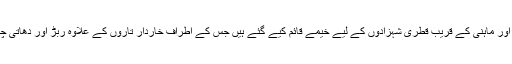
صحرائے تھل کے علاقے کاتی مار اور ماہنی کے قریب قطری شہزادوں کے لیے خیمے قائم کیے گئے ہیں جس کے اطراف خاردار تاروں کے علاوہ ربڑ اور دھاتی چادروں سے 3 دیواریں بنائی گئی ہیں۔